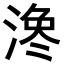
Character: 𪶳